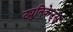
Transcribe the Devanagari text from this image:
ट्युनिकेट्स